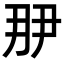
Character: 𬼋